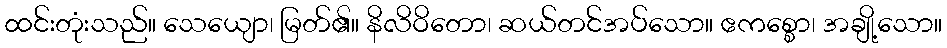
ထင်းတုံးသည်။ သေယျော၊ မြတ်၏။ နိလိဝိတော၊ ဆယ်တင်အပ်သော။ ဧကစ္စော၊ အချို့သော။